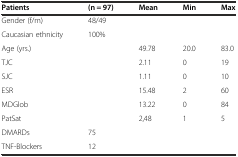
| Patients | (n = 97) | Mean | Min | Max |
 | --- | --- | --- | --- | --- |
 | Gender (f/m) | 48/49 |  |  |  |
 | Caucasian ethnicity | 100% |  |  |  |
 | Age (yrs.) |  | 49.78 | 20.0 | 83.0 |
 | TJC |  | 2.11 | 0 | 19 |
 | SJC |  | 1.11 | 0 | 10 |
 | ESR |  | 15.48 | 2 | 60 |
 | MDGlob |  | 13.22 | 0 | 84 |
 | PatSat |  | 2,48 | 1 | 5 |
 | DMARDs | 75 |  |  |  |
 | TNF-Blockers | 12 |  |  |  |